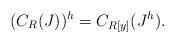
LaTeX: \begin{align*}(C_R(J))^h = C_{R[y]}(J^h). \end{align*}